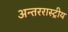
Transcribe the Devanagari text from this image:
अन्तररास्ट्रीय